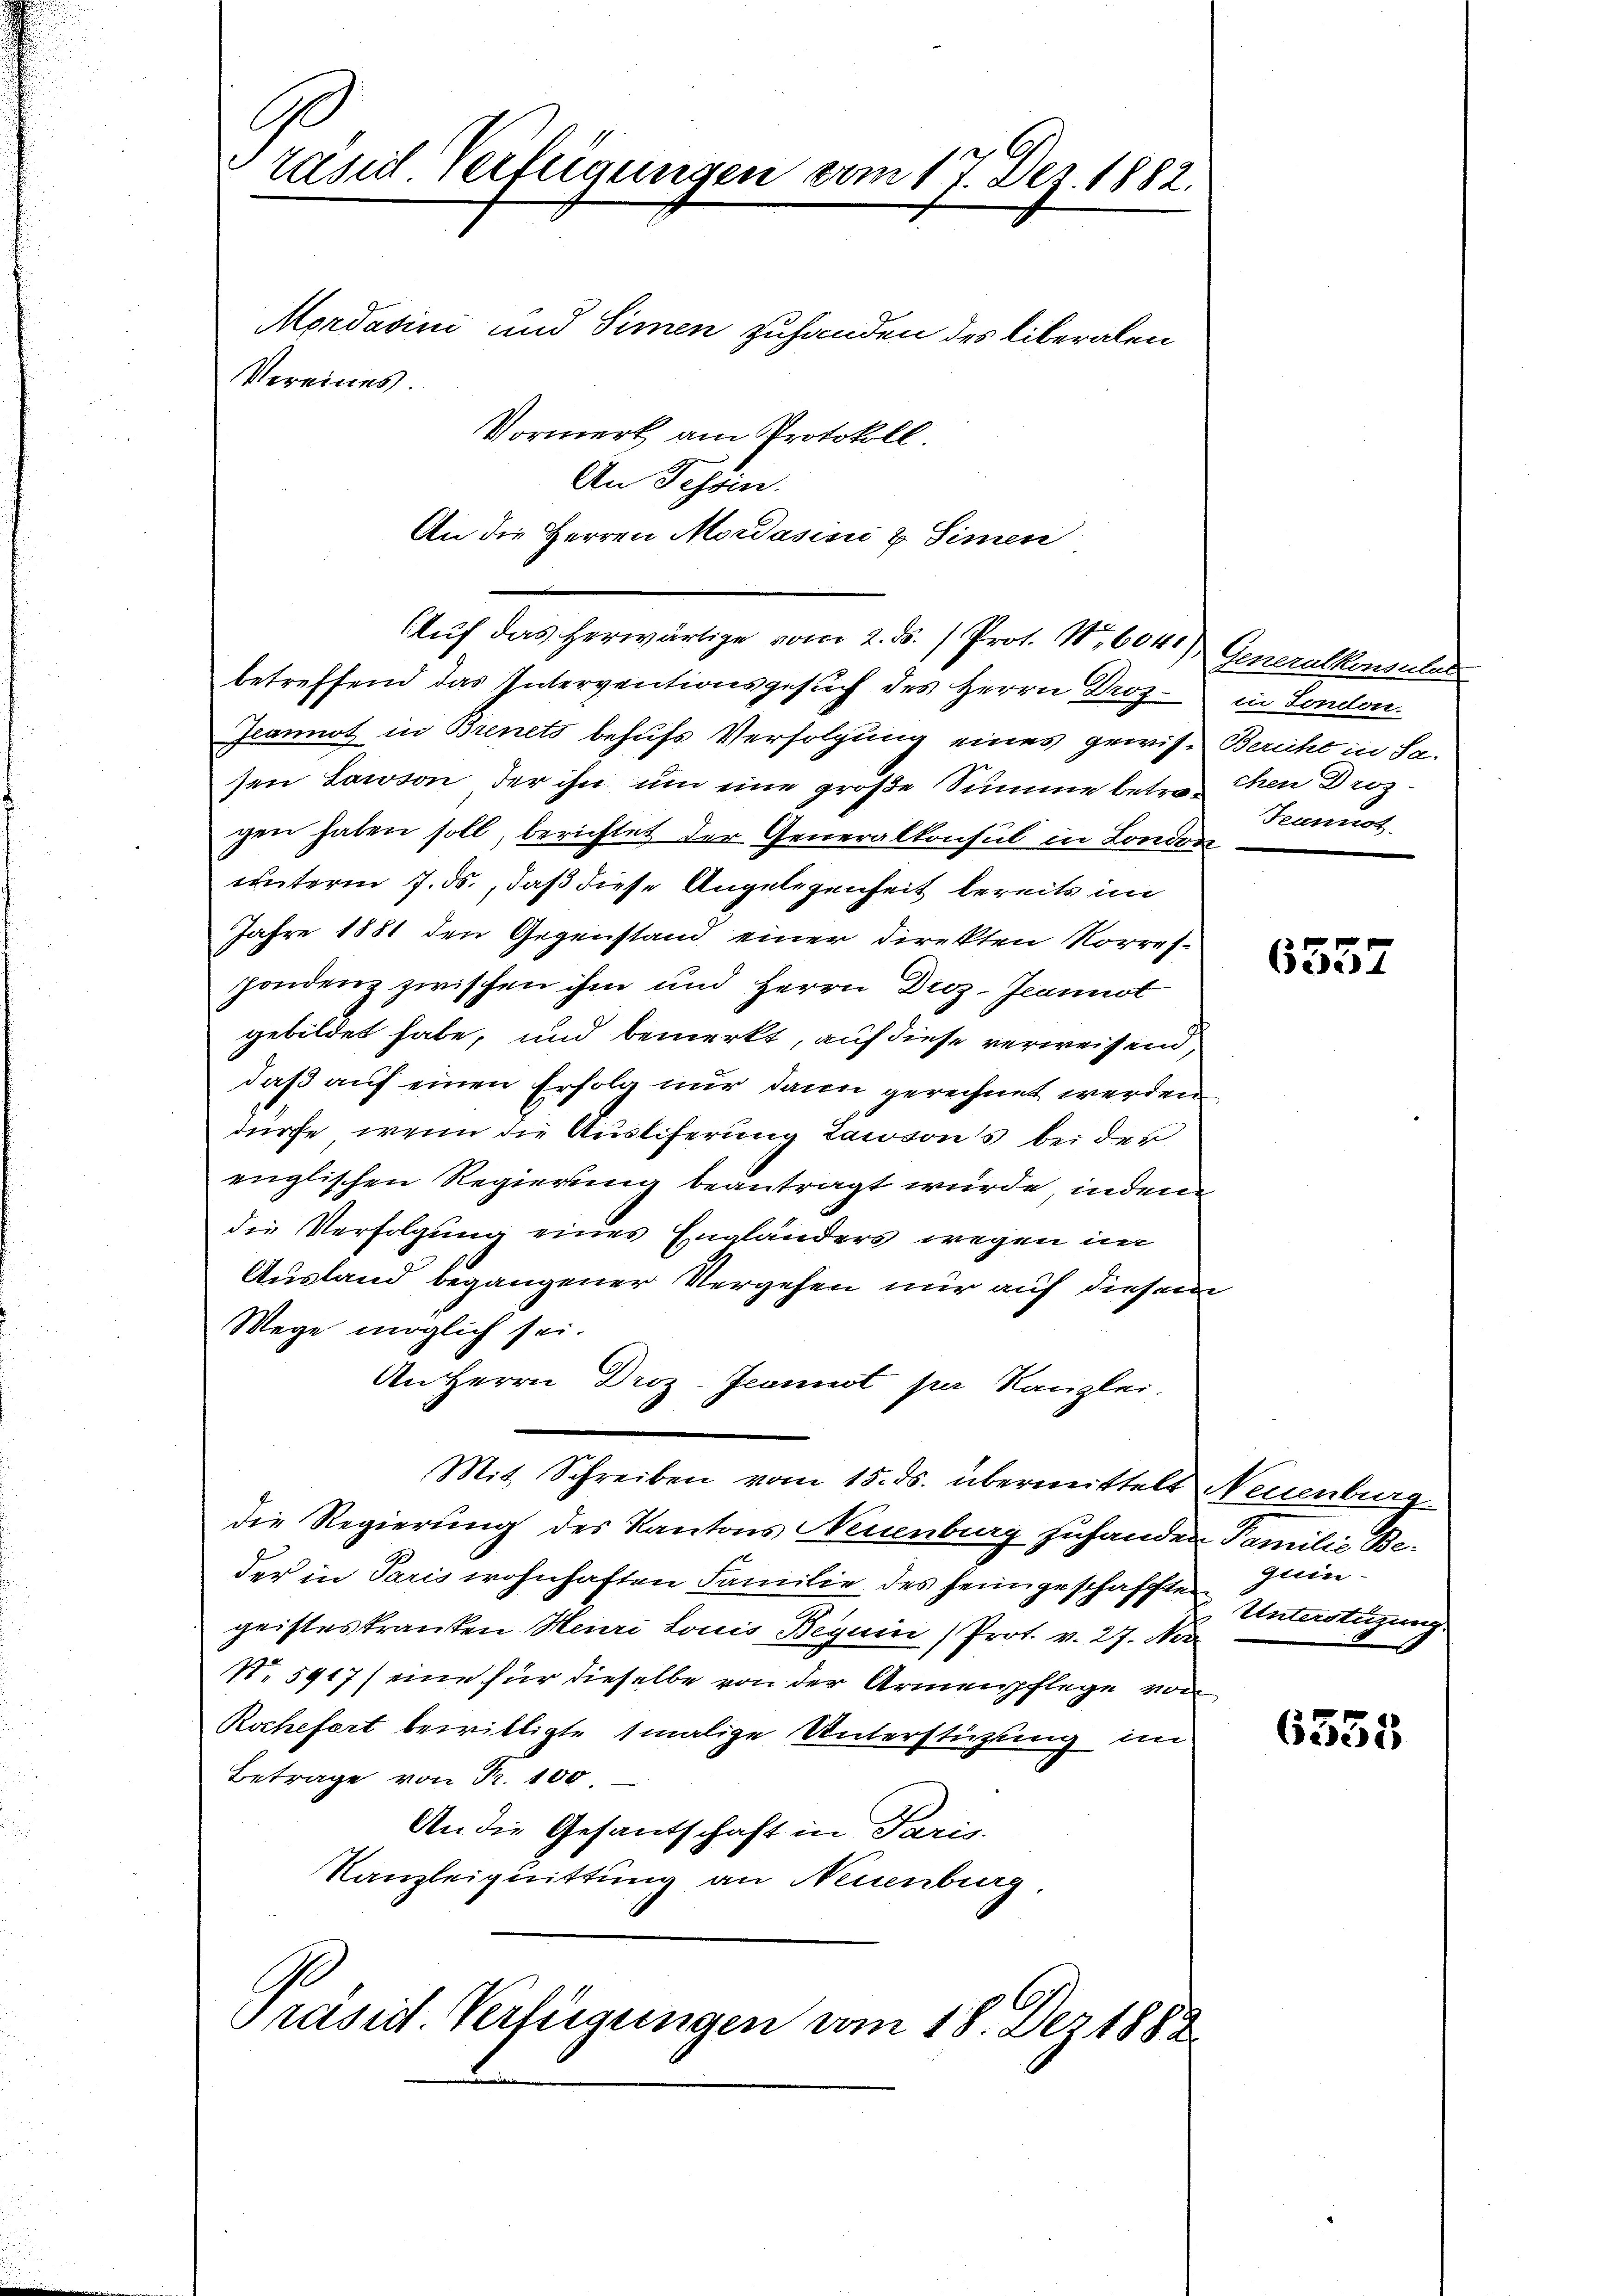
G
rasie Verfügungen vom 17. Dez. 1882.
Mordavini und Simen zuhanden des liberalen
Vereines.
Vormerk am Protokoll

An Fessen.
An die Herren Mordasini & Simen
Auf das herwärtige vom 2. ds. Prot. Nr. 604) Generalkonsulat
betreffend das Interventionsgesuch des Herrn Droz. in Sondon.
Jeannot in Brinets behufs Verfolgung eines gewis-Bericht in Sasen Laison der ihn um eine große Summe betrachen Drozgen haben soll, berichtet der Generalkonsul in London
unterm 7. ds., daß diese Angelegenheit bereits im
Jahre 1881 den Gegenstand einer direkten Korres.
pondenz zwischen ihm und Herrn Droz-Jeannot
gebildet habe, und bemerkt, auf diese verweisend,
daß auf einen Erfolg nur dann gerechnet werden
dürfe, wenn die Ausliferung laisons bei der
englischen Regierung beantragt wurde, indem
die Verfolgung eines Engländers wegen im
Ausland begangener Vergehen nur auf diesem
Wege möglich sei.
An Herrn Droz-Jeannst per Kanzlei.
Mit Schreiben vom 15. ds. übermittels Neuenburg
die Regierung des Kantons Neuenburg zuhanden Familie Beder in Paris wohnhaften Familie des heimgeschafften Untertigung
geisteskranken Meuri Louis Beguin (Prot. v. 27. No
No 5917) eine für dieselbe von der Armenpflege von
Rochefert bewilligte 1 malige Unterstützung im
Betrage von Fr. 100
An die Gesantschaft in Paris.
Kanzleiquittung an Neuenburg
Präsid. Verfügungen vom 18. Dez. 1882

Teunnot

6557

guein-

6335